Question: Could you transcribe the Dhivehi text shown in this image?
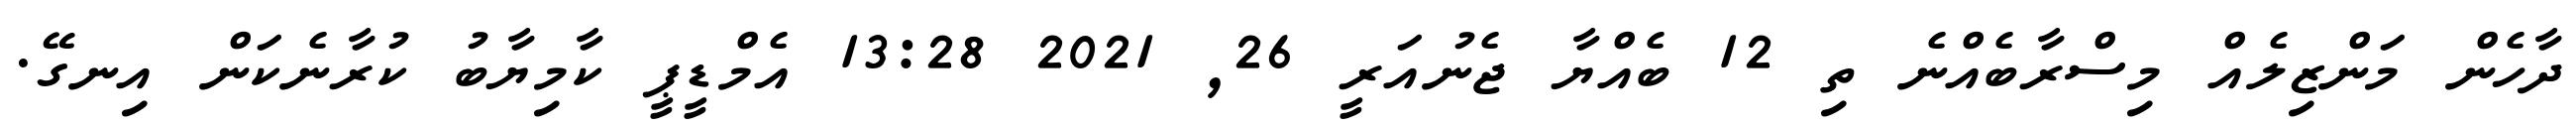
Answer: ދާހެން މަންޒިލެއް މިސްރާބެއްނެ ތި 12 ބެއްޔާ ޖެނުއަރީ 26, 2021 13:28 އެމްޑީޕީ ކާމިޔާބު ކުރާނެކަން އިނގޭ.